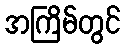
အကြိမ်တွင်